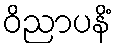
ဝိညာပနိံ